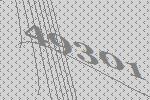
49301